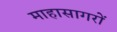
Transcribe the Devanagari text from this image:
माहासागरों